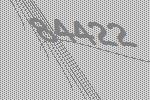
84422